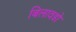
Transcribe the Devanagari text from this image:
बिलावडो